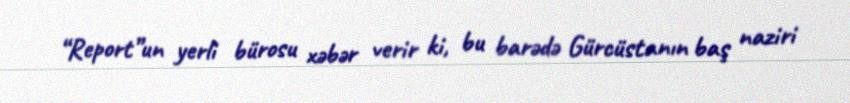
“Report”un yerli bürosu xəbər verir ki, bu barədə Gürcüstanın baş naziri